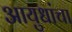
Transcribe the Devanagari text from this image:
आयुधांचा